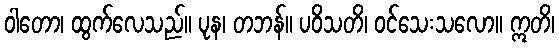
ဝါတော၊ ထွက်လေသည်။ ပုန၊ တဘန်။ ပဝိသတိ၊ ဝင်သေးသလော။ ဣတိ၊